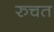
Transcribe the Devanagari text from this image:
रुचत